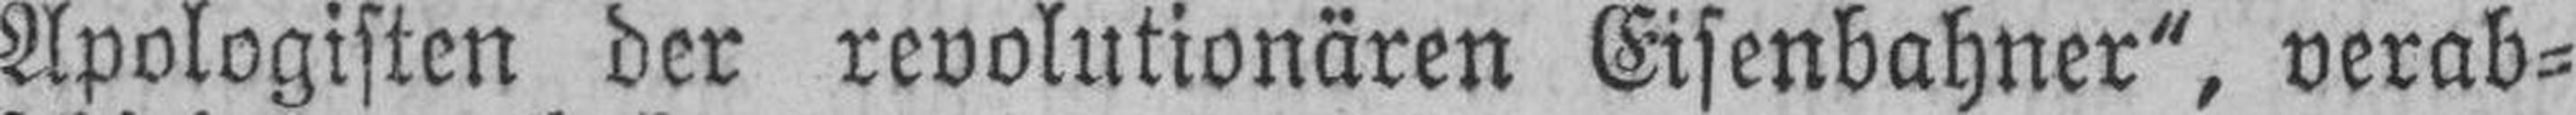
Apologisten der revolutionären Eisenbahner“, verab¬